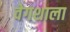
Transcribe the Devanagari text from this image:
वेगशाला